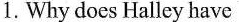
1. Why does Halley have